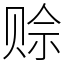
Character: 赊